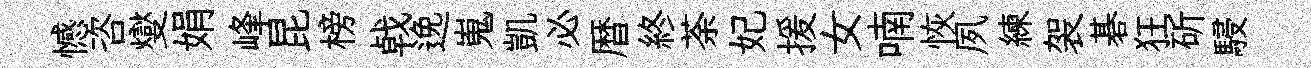
憾咨燮娟峰昆榜㦸𨓜嵬凱必暦終荼妃援女喃恢夙練袈碁狂斫駸